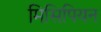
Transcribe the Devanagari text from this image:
मिसिपियन